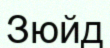
Зюйд